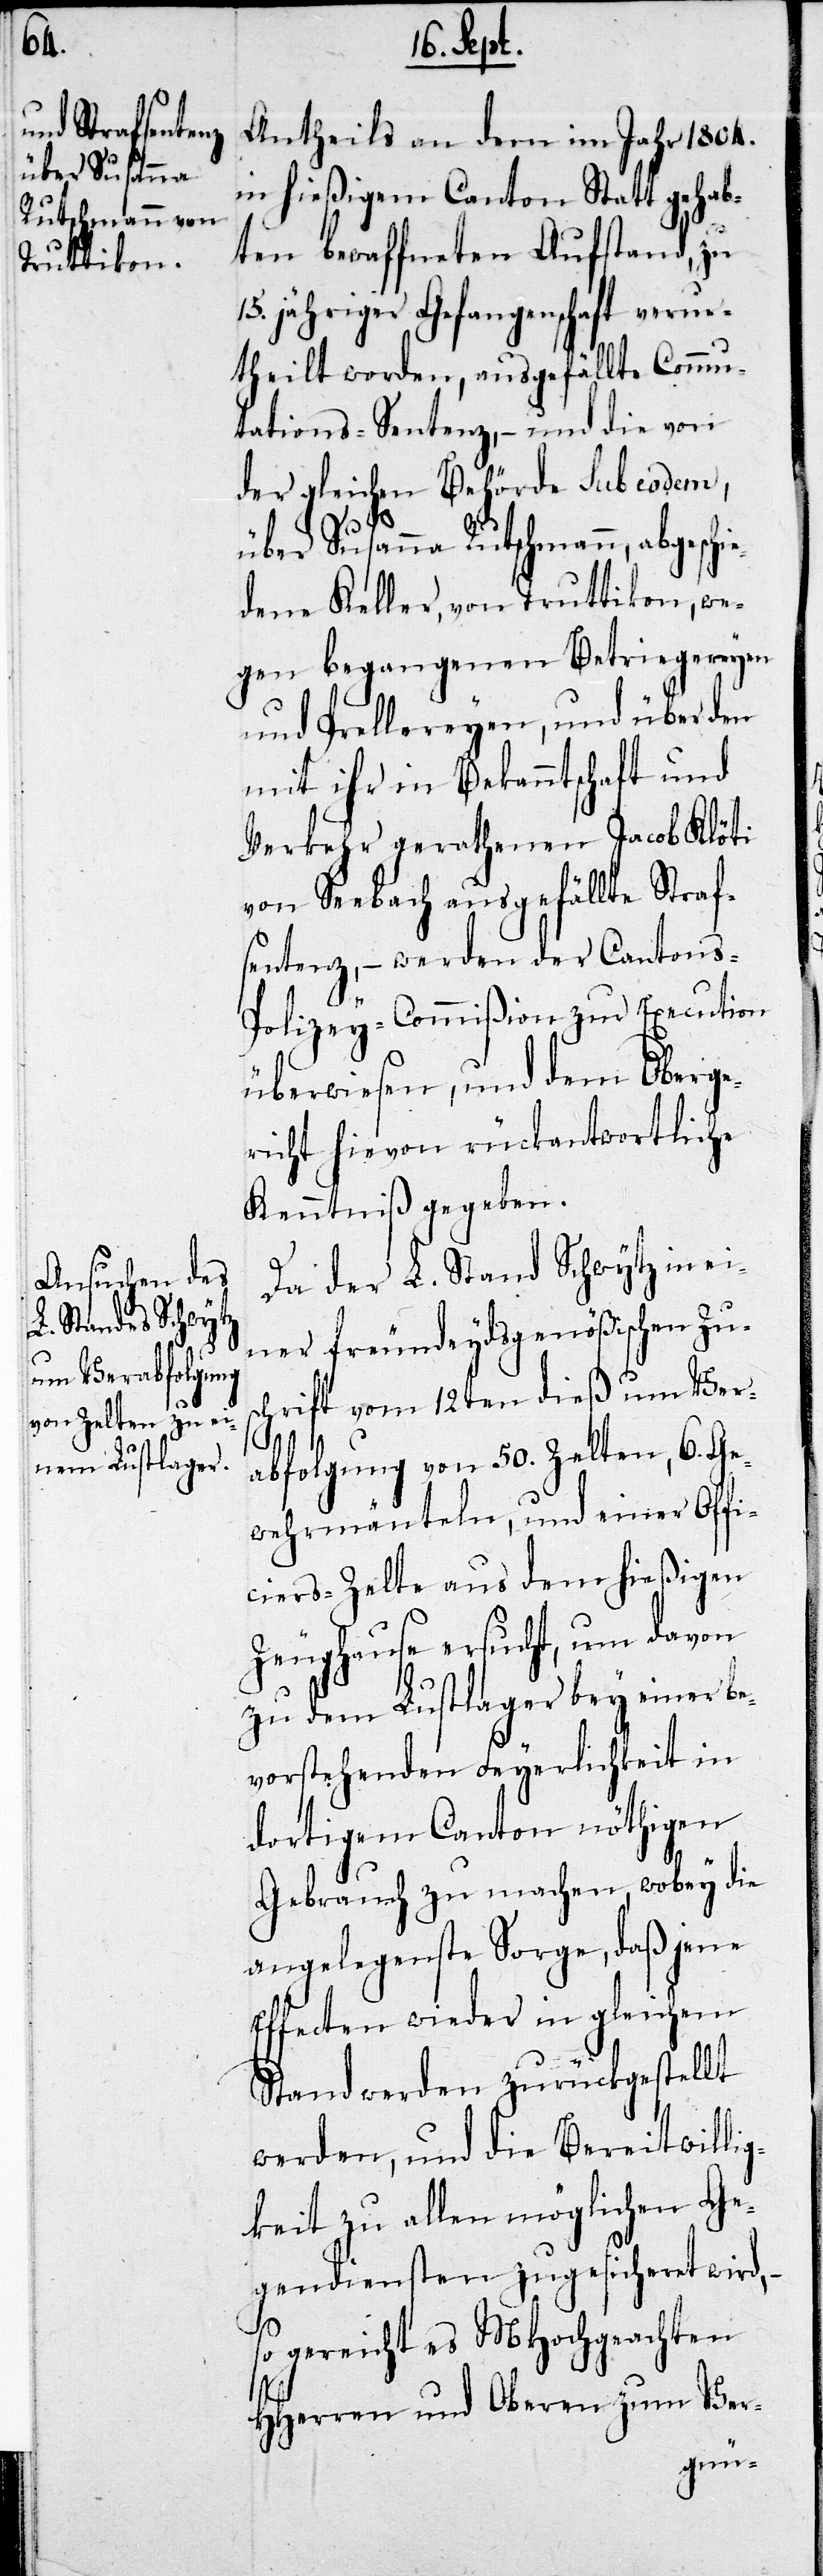
Antheils an dem im Jahr 1804.
in hießigem Canton Statt gehab¬
ten bewaffneten Aufstand, zu
15jähriger Gefangenschaft verur¬
theilt worden, ausgefällte Commu¬
tations-Sentenz, – und die von
der gleichen Behörde sub eodem,
über Susanna Rutschmann, abgeschi¬
edene Keller, von Truttikon, we¬
gen begangenen Betriegereyen
und Prellereyen, und über den
mit ihr in Bekanntschaft und
Verkehr gerathenen Jacob Klöti
von Seebach ausgefällte Straf¬
sentenz, – werden der Cantons-P¬
olizey-Commißion zur Execution
überwiesen, und dem Oberge¬
richt hievon rückantwortlich
Kenntniß gegeben.
Da der L. Stand Schwytz in ei¬
ner freundeydsgenößischen Zus¬
chrift vom 12ten dieß um Ver¬
abfolgung von 50. Zelten, 6. Ge¬
wehrmänteln, und einer Offi¬
ciers-Zelte aus dem hießigen
Zeughause ersucht, um davon
zu dem Lustlager bey einer be¬
vorstehenden Feyerlichkeit in
dortigem Canton nöthigen
Gebrauch zu machen, wobey die
angelegenste Sorge, daß jene
Effecten wieder in gleichem
Stand zurückgestellt
werden, und die Bereitwillig¬
keit zu allen möglichen Ge¬
gendiensten zugesicheret wird,
so gereicht es MHochgeachten
HHerren und Obern zum Ver-